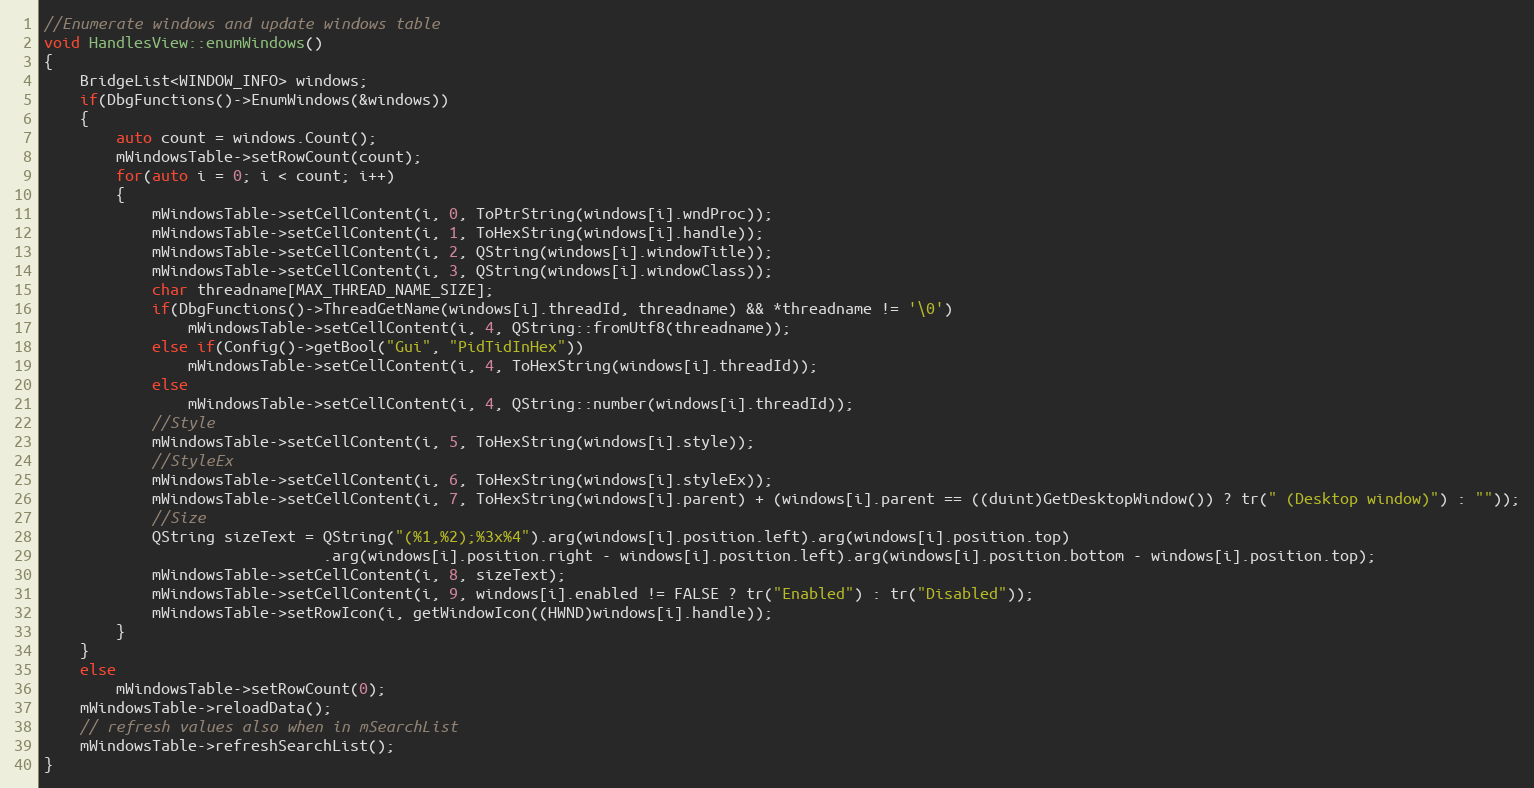
Language: C++
//Enumerate windows and update windows table
void HandlesView::enumWindows()
{
    BridgeList<WINDOW_INFO> windows;
    if(DbgFunctions()->EnumWindows(&windows))
    {
        auto count = windows.Count();
        mWindowsTable->setRowCount(count);
        for(auto i = 0; i < count; i++)
        {
            mWindowsTable->setCellContent(i, 0, ToPtrString(windows[i].wndProc));
            mWindowsTable->setCellContent(i, 1, ToHexString(windows[i].handle));
            mWindowsTable->setCellContent(i, 2, QString(windows[i].windowTitle));
            mWindowsTable->setCellContent(i, 3, QString(windows[i].windowClass));
            char threadname[MAX_THREAD_NAME_SIZE];
            if(DbgFunctions()->ThreadGetName(windows[i].threadId, threadname) && *threadname != '\0')
                mWindowsTable->setCellContent(i, 4, QString::fromUtf8(threadname));
            else if(Config()->getBool("Gui", "PidTidInHex"))
                mWindowsTable->setCellContent(i, 4, ToHexString(windows[i].threadId));
            else
                mWindowsTable->setCellContent(i, 4, QString::number(windows[i].threadId));
            //Style
            mWindowsTable->setCellContent(i, 5, ToHexString(windows[i].style));
            //StyleEx
            mWindowsTable->setCellContent(i, 6, ToHexString(windows[i].styleEx));
            mWindowsTable->setCellContent(i, 7, ToHexString(windows[i].parent) + (windows[i].parent == ((duint)GetDesktopWindow()) ? tr(" (Desktop window)") : ""));
            //Size
            QString sizeText = QString("(%1,%2);%3x%4").arg(windows[i].position.left).arg(windows[i].position.top)
                               .arg(windows[i].position.right - windows[i].position.left).arg(windows[i].position.bottom - windows[i].position.top);
            mWindowsTable->setCellContent(i, 8, sizeText);
            mWindowsTable->setCellContent(i, 9, windows[i].enabled != FALSE ? tr("Enabled") : tr("Disabled"));
            mWindowsTable->setRowIcon(i, getWindowIcon((HWND)windows[i].handle));
        }
    }
    else
        mWindowsTable->setRowCount(0);
    mWindowsTable->reloadData();
    // refresh values also when in mSearchList
    mWindowsTable->refreshSearchList();
}